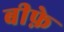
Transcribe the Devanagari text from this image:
बीफ़े